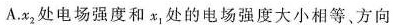
A. x_{2}处电场强度和x_{1}处的电场强度大小相等、方向